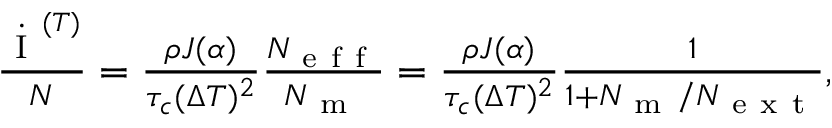
\begin{array} { r } { \frac { \dot { \mathrm { ~ I ~ } } ^ { ( T ) } } { N } = \frac { \rho J ( \alpha ) } { \tau _ { c } ( \Delta T ) ^ { 2 } } \frac { N _ { \mathrm { ~ e ~ f ~ f ~ } } } { N _ { \mathrm { ~ m ~ } } } = \frac { \rho J ( \alpha ) } { \tau _ { c } ( \Delta T ) ^ { 2 } } \frac { 1 } { 1 + N _ { \mathrm { ~ m ~ } } / N _ { \mathrm { ~ e ~ x ~ t ~ } } } , } \end{array}